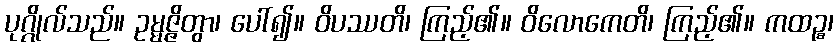
ပုဂ္ဂိုလ်သည်။ ဥမ္မဇ္ဇိတွာ၊ ပေါ်၍။ ဝိပဿတိ၊ ကြည့်၏။ ဝိလောကေတိ၊ ကြည့်၏။ ကထဉ္စ၊